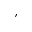
'